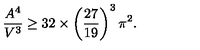
\frac { A ^ { 4 } } { V ^ { 3 } } \ge 3 2 \times \left( \frac { 2 7 } { 1 9 } \right) ^ { 3 } \pi ^ { 2 } .